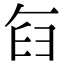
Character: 𮍥